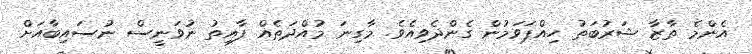
އެންމެ ތާޒާ ޝަރުބަތު ހިއްޕަވަމުން ގެންދެވިއެވެ. މާގިނަ މުއްދަތެއް ފާއިތު ނުވަނީސް ނުސައިބާއަށް